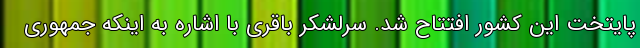
پایتخت این کشور افتتاح شد. سرلشکر باقری با اشاره به اینکه جمهوری